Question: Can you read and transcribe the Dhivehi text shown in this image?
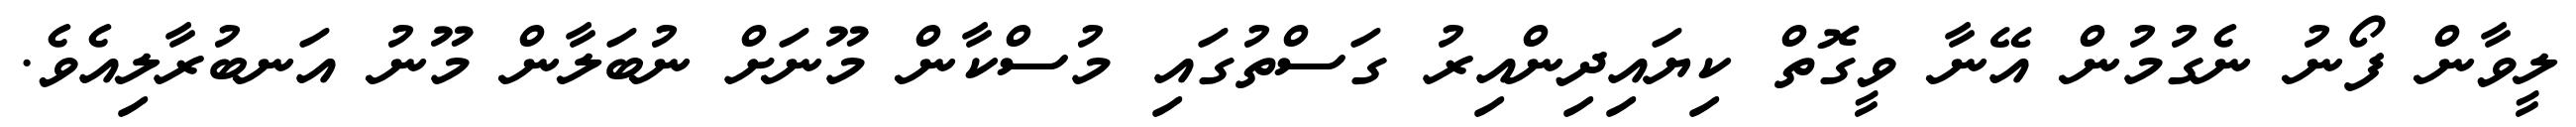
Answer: ލީވާން ފޯނު ނެގުމުން އޭނާ ވީގޮތް ކިޔައިދިންއިރު ގަސްތުގައި މުސްކާން މޫނަށް ނުބަލާން މޫނު އަނބުރާލިއެވެ.